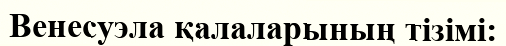
Венесуэла қалаларының тізімі: